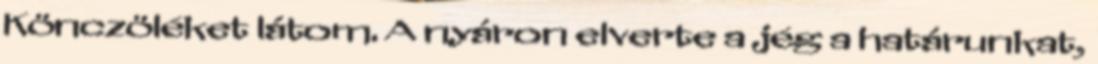
Könczöléket látom. A nyáron elverte a jég a határunkat,